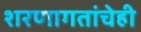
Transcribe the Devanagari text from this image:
शरणागतांचेही